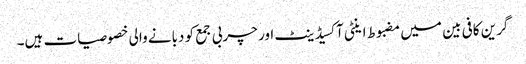
گرین کافی بین میں مضبوط اینٹی آکسیڈینٹ اور چربی جمع کو دبانے والی خصوصیات ہیں۔